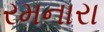
રમનારા